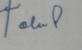
Signature authenticity: forged